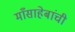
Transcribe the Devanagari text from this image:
माँसाहेबांची